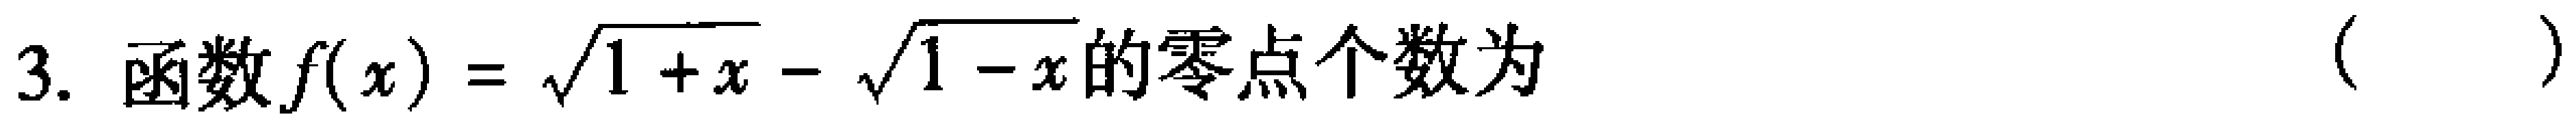
3. 函数$f(x)=\sqrt{1 + x}-\sqrt{1 - x}$的零点个数为 （  ）